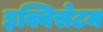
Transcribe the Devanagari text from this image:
इक्विसेटम